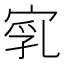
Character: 𡨻